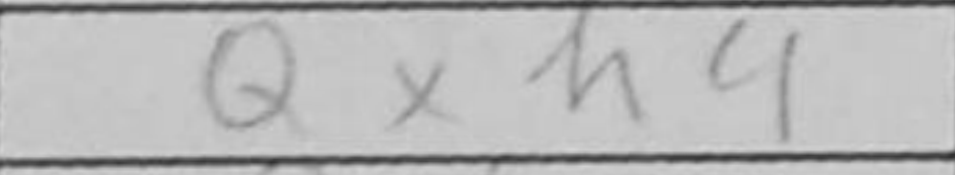
Transcription: Qxh4